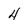
Character: 4